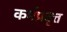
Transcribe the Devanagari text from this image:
कर्मप्रवृत्त